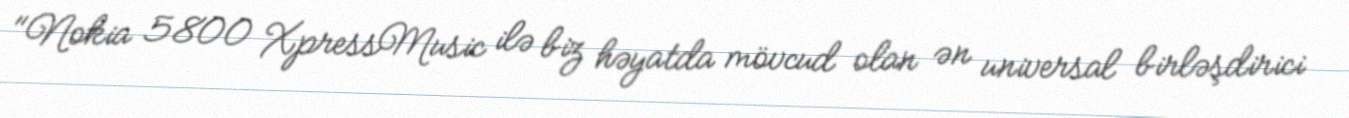
"Nokia 5800 XpressMusic ilə biz həyatda mövcud olan ən universal birləşdirici